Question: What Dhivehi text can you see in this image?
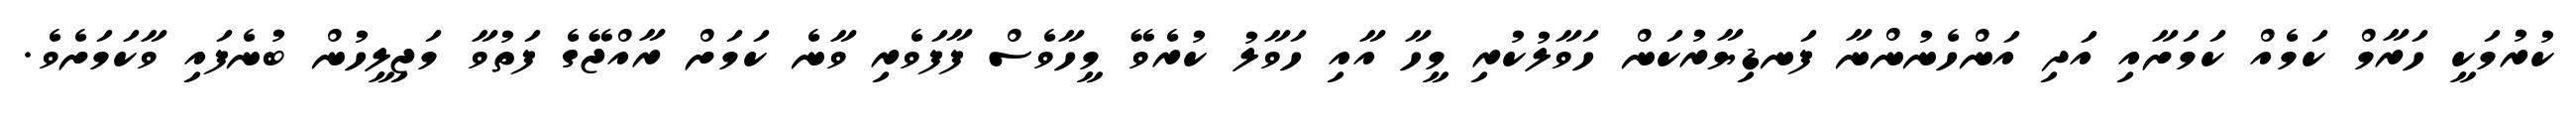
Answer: ކުރުމަކީ ހަރާމް ކަމެއް ކަމަށާއި އަދި އަންހެނުންނާ ފަނޑިޔާރުކަން ހަވާލުކުރި މީހާ އާއި ހަވާލު ކުރެވޭ މީހާވެސް ފާފަވެރި ވާނެ ކަމަށް ރާއްޖޭގެ ފަތުވާ މަޖިލީހުން ބުނެފައި ވާކަމަށެވެ.